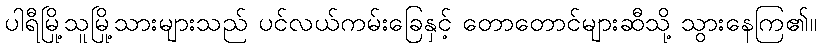
ပါရီမြို့သူမြို့သားများသည် ပင်လယ်ကမ်းခြေနှင့် တောတောင်များဆီသို့ သွားနေကြ၏။